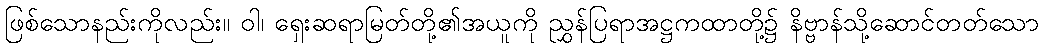
ဖြစ်သောနည်းကိုလည်း။ ဝါ၊ ရှေးဆရာမြတ်တို့၏အယူကို ညွှန်ပြရာအဋ္ဌကထာတို့၌ နိဗ္ဗာန်သို့ဆောင်တတ်သော